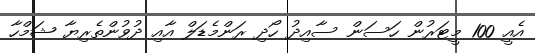
އެއީ 100 މީޓަރުން ހަސަން ސާއިދު ހޯދި ރަންމެޑަލް އާއި ދުވުންތެރިޔާ ޝަމްހާ